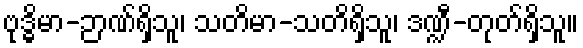
ဗုဒ္ဓိမာ-ဉာဏ်ရှိသူ၊ သတိမာ-သတိရှိသူ၊ ဒဏ္ဍီ-တုတ်ရှိသူ။